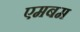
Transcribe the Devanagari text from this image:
एमबम